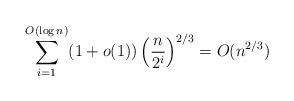
LaTeX: \begin{align*}\sum_{i=1}^{O(\log n)} (1+o(1))\left(\frac{n}{2^i}\right)^{2/3} = O(n^{2/3})\end{align*}